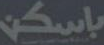
باسكن